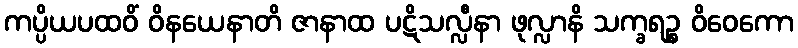
ကပ္ပိယပထဝိံ ဝိနယေနာတိ ဇာနာထ ပဋိသလ္လီနာ ဖုလ္လာနိ သက္ခရဉ္စ ဝိဝေကော